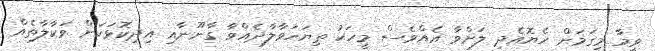
ވީމާ މިގަމަށް ހެޔޮއެދި ލަށްވާ އެއްވެސް މީހަކު ތިޔަހަވާލާދެއްވާ ގާނޫނާއި އިދިކޮޅަކަށް ވަކާލާތެއް